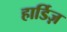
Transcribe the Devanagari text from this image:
हार्डिज़